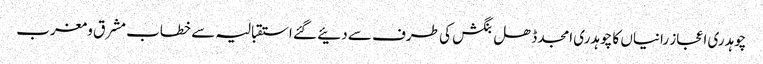
چوہدری اعجاز رانیاں کا چوہدری امجد ڈھل بنگش کی طرف سے دئیے گئے استقبالیہ سے خطاب	 مشرق و مغرب